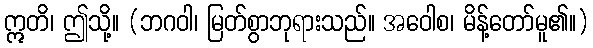
ဣတိ၊ ဤသို့။ (ဘဂဝါ၊ မြတ်စွာဘုရားသည်။ အဝေါစ၊ မိန့်တော်မူ၏။)